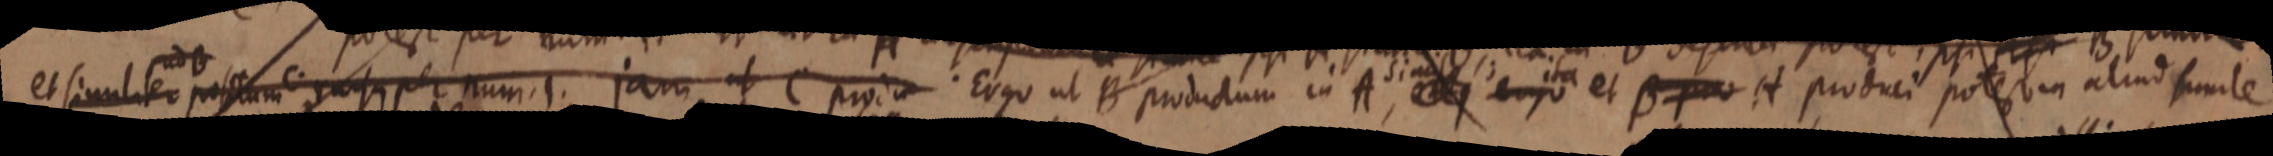
et similiter positum rursus per num. 1. jam ut C pro in. Ergo ut B productum in A, simile ergo ita et B pro et produci potest aliud simile